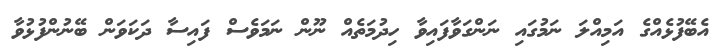
އެބޭފުޅެއްގެ އަމިއްލަ ނަމުގައި ނަންގަވާފައިވާ ހިދުމަތެއް ނޫން ނަމަވެސް ފައިސާ ދަކަވަން ބޭނުންފުޅުވާ